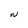
Character: W